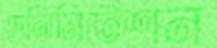
ডেলিমিটেশন